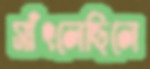
সাঁৎলেছিলে